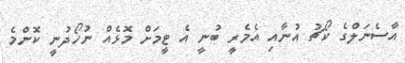
އާސެނަލްގެ ކޯޗު އުނާއި އެމެރީ ބުނީ އެ ޓީމަށް މޮޅެއް ނުހޯދުނީ ކޮންމެ